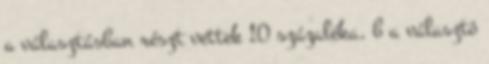
a választásban részt vettek 10 százaléka, b a választó